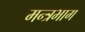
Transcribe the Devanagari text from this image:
मन्त्रभाग